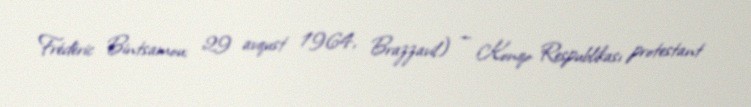
Frédéric Bintsamou; 29 avqust 1964, Brazzavil) — Konqo Respublikası protestant